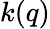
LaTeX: k(q)